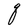
Character: q